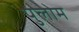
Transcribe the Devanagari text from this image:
पुलोम